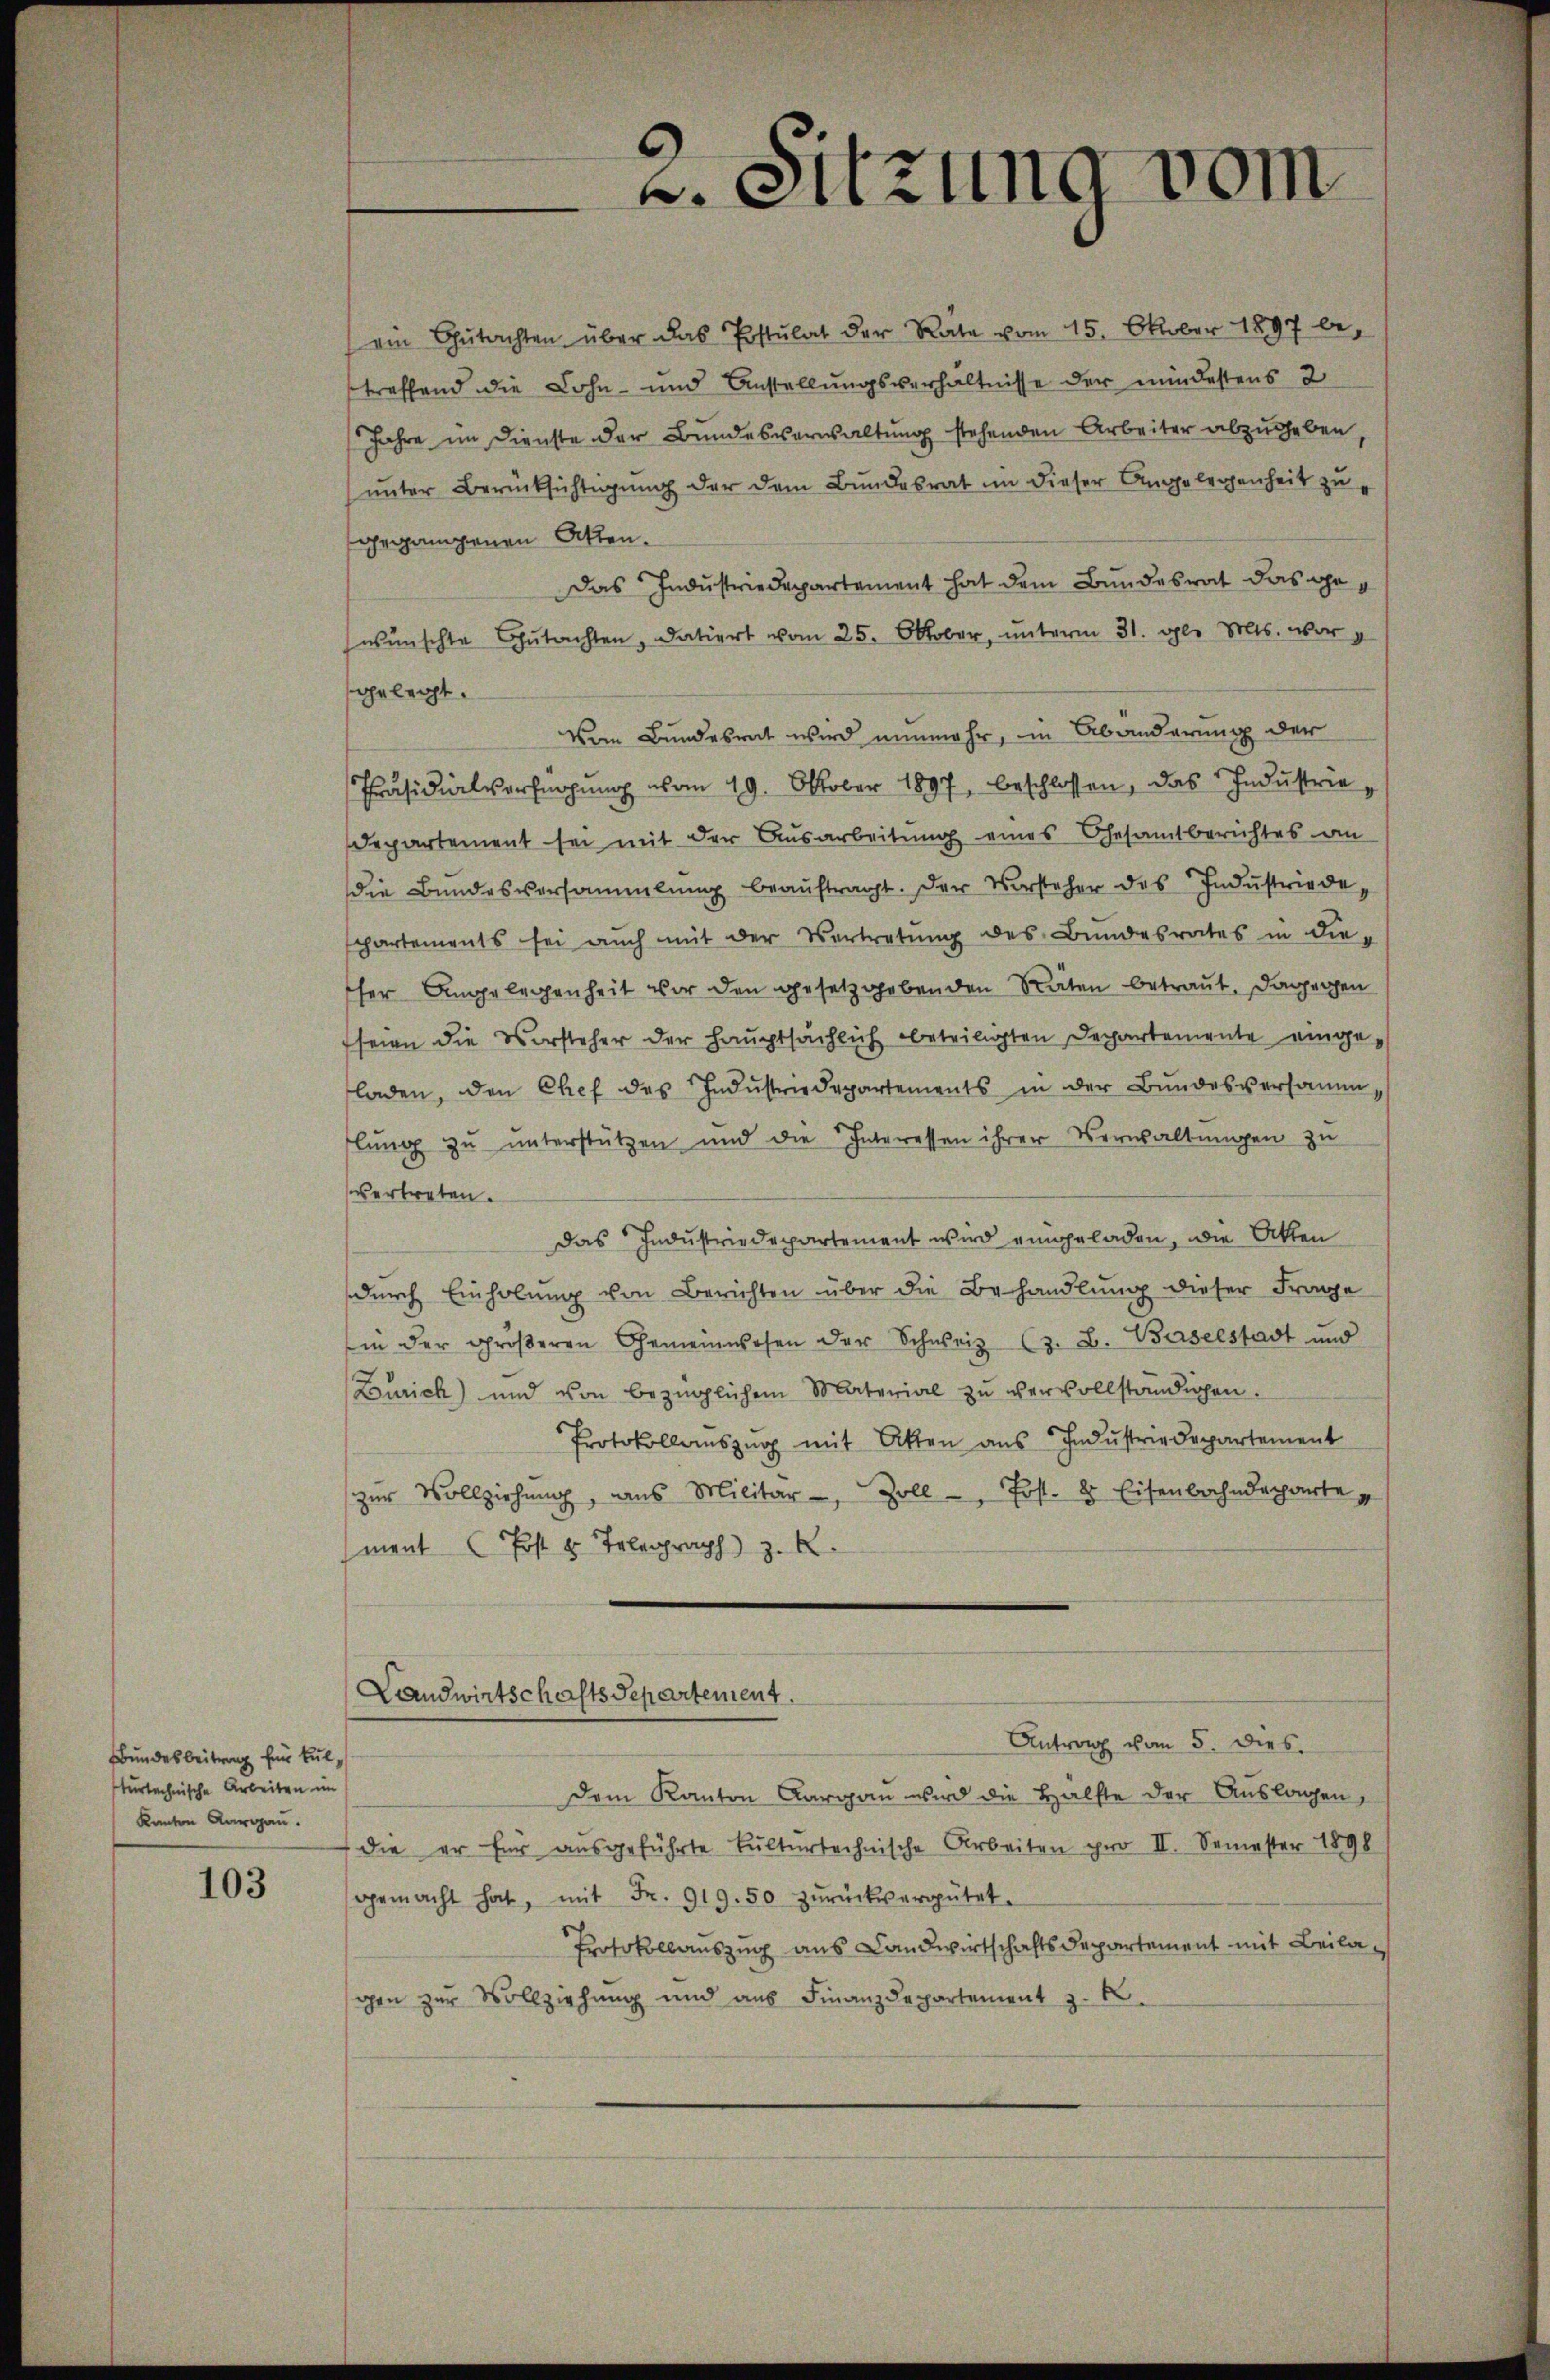
Bundesbeitrag für Kulturtechnische Arbeiten im
kanton Aargau.

103

v. Sitzung vom

ein Gŭtachten über das Postulat der Rate vom 15. Oktober 1897 be-
treffend die Lohn und Anstellungsverhältnisse der mindestens 2
Jahre im Dienste der Bundesverwaltung stehenden Arbeiter abzugeben,
unter Berücksichtigung der dem Bundesrat in dieser Angelegenheit zugegangenen Akten.
Das Industriedepartement hat dem Bundesrat das gewünschte Gutachten, datiert vom 25. Oktober, unterm 31. gl. Mts. war g
gelegt.
Vom Bundesrat wird nunmehr, in Abänderung der
Präsidialverfügung vom 19. Oktober 1897, beschlossen, das Industrie¬
Departement sei mit der Ausarbeitung eines Gesamtberichtes an
die Bundesversammlung beaŭftragt. Der Vorsteher des Industriedespartements sei auch mit der Vertretung des Bundesrates in die-
her Angelegenheit vor den gesetzgebenden Räten betraut, dagegen
seien die Vorsteher der Hauptsächlich beteiligten Departemente eingeladen, den Chef des Indŭstriedepartements in der Bundesversamm,
lung zu unterstützen und die Interessen ihrer Verwaltungen zu
vertreten.
Das Industriedepartement wird eingeladen, die Akten
durch Einholung von Berichten über die Behandlung dieser Frage
Ein der gröβeren Gemeinwesen der Schweiz (z. B. Baselstadt und
Zürich) und von bezüglichem Material zŭ vervollständigen.
Protokollaŭszŭg mit Akten aŭs Indŭstriedepartement
zŭr Vollziehung, ans Militär, Zoll - Post. 8 Eisenbahndecharte
mant Post 4 Telegraph z
Landwirtschaftsdepartement.
Antrag vom 5. dies
Dem Kanton Aargau wird die Hälfte der Auslagen,
die er für ausgeführte Kulturtechnische Arbeiten pro II. Semester 1898
gemacht hat, mit Fr. 919.50 zŭrückvergütet.
Protokollauszug aus Landwirtschaftsdepartement mit Beilagen zur Vollziehung und aus Finanzdepartement z. B.